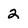
Character: 2